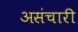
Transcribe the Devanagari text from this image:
असंचारी